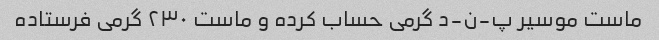
ماست موسیر پ-ن-د گرمی حساب کرده و ماست ۲۳۰ گرمی فرستاده